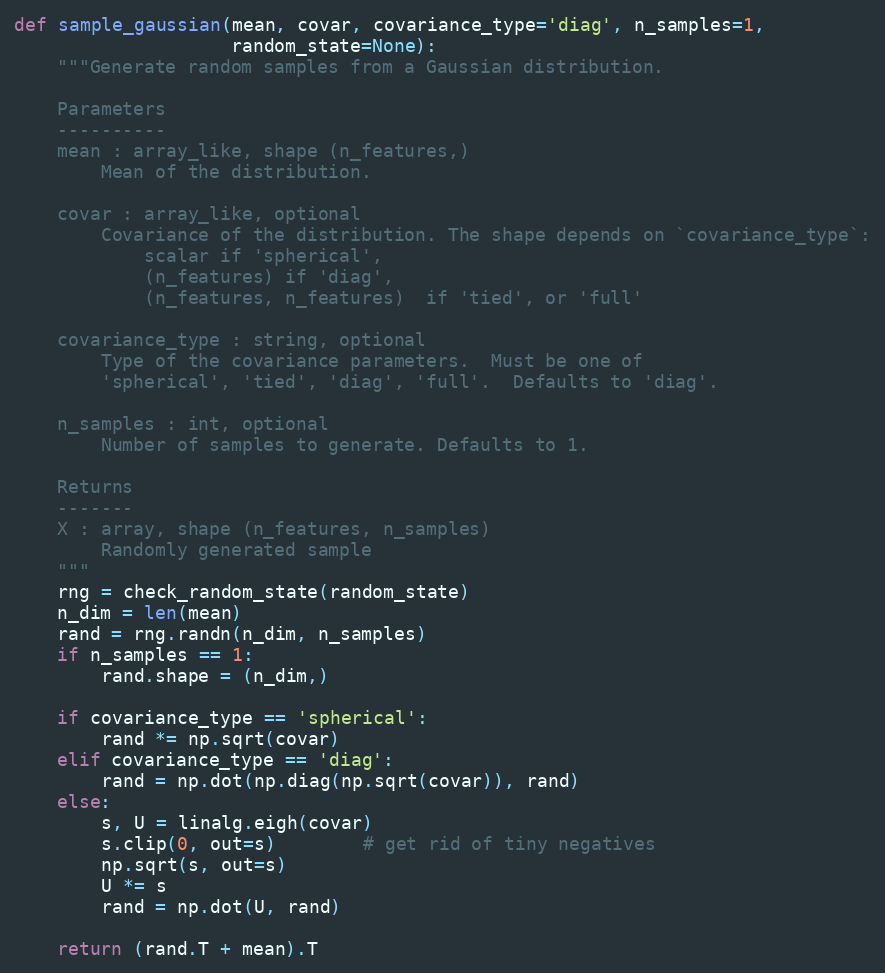
Language: Python
def sample_gaussian(mean, covar, covariance_type='diag', n_samples=1,
                    random_state=None):
    """Generate random samples from a Gaussian distribution.

    Parameters
    ----------
    mean : array_like, shape (n_features,)
        Mean of the distribution.

    covar : array_like, optional
        Covariance of the distribution. The shape depends on `covariance_type`:
            scalar if 'spherical',
            (n_features) if 'diag',
            (n_features, n_features)  if 'tied', or 'full'

    covariance_type : string, optional
        Type of the covariance parameters.  Must be one of
        'spherical', 'tied', 'diag', 'full'.  Defaults to 'diag'.

    n_samples : int, optional
        Number of samples to generate. Defaults to 1.

    Returns
    -------
    X : array, shape (n_features, n_samples)
        Randomly generated sample
    """
    rng = check_random_state(random_state)
    n_dim = len(mean)
    rand = rng.randn(n_dim, n_samples)
    if n_samples == 1:
        rand.shape = (n_dim,)

    if covariance_type == 'spherical':
        rand *= np.sqrt(covar)
    elif covariance_type == 'diag':
        rand = np.dot(np.diag(np.sqrt(covar)), rand)
    else:
        s, U = linalg.eigh(covar)
        s.clip(0, out=s)        # get rid of tiny negatives
        np.sqrt(s, out=s)
        U *= s
        rand = np.dot(U, rand)

    return (rand.T + mean).T